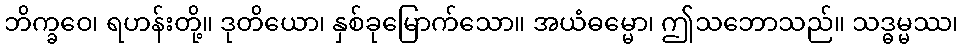
ဘိက္ခဝေ၊ ရဟန်းတို့။ ဒုတိယော၊ နှစ်ခုမြောက်သော။ အယံဓမ္မော၊ ဤသဘောသည်။ သဒ္ဓမ္မဿ၊